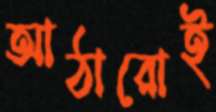
আঠারোই